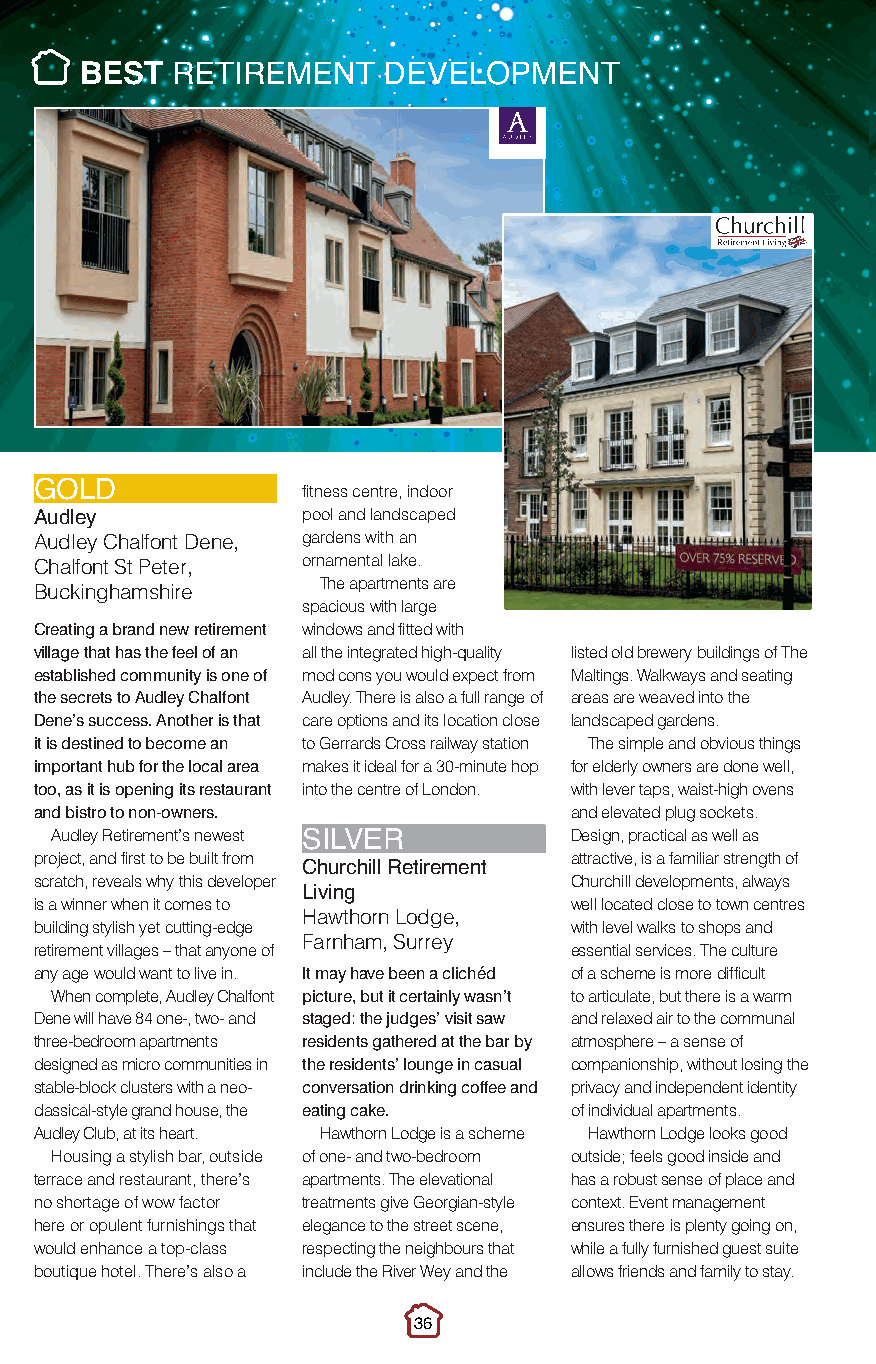
Best Retirement.qxp_Layout 1 10/11/2016 21:47 Page 1
 BEST  RETIREMENT    DEVELOPMENT
 fitness centre, indoor
 GOLD
 pool and landscaped
 A Au uddl le ey y Chalfont Dene, gardens with an
 ornamental lake.
 Chalfont St Peter,
 The apartments are
 Buckinghamshire
 spacious with large
 Creating a brand new retirement windows and fitted with
 village that has the feel of an all the integrated high-quality listed old brewery buildings of The
 established community is one of mod cons you would expect from Maltings. Walkways and seating
 the secrets to Audley Chalfont Audley. There is also a full range of areas are weaved into the
 Dene’s success. Another is that care options and its location close landscaped gardens.
 it is destined to become an to Gerrards Cross railway station The simple and obvious things
 important hub for the local area makes it ideal for a 30-minute hop for elderly owners are done well,
 too, as it is opening its restaurant into the centre of London. with lever taps, waist-high ovens
 and bistro to non-owners.           and elevated plug sockets.
 Audley Retirement’s newest         Design, practical as well as
 project, and first to be built from SILVER attractive, is a familiar strength of
 scratch, reveals why this developer Churchill Retirement Churchill developments, always
 is a winner when it comes to Living well located close to town centres
 Hawthorn Lodge,
 building stylish yet cutting-edge   with level walks to shops and
 Farnham, Surrey
 retirement villages – that anyone of essential services. The culture
 any age would want to live in. It may have been a clichéd of a scheme is more difficult
 When complete, Audley Chalfont picture, but it certainly wasn’t to articulate, but there is a warm
 Dene will have 84 one-, two- and staged: the judges’ visit saw and relaxed air to the communal
 three-bedroom apartments residents gathered at the bar by atmosphere – a sense of
 designed as micro communities in the residents’ lounge in casual companionship, without losing the
 stable-block clusters with a neo- conversation drinking coffee and privacy and independent identity
 classical-style grand house, the eating cake. of individual apartments.
 Audley Club, at its heart. Hawthorn Lodge is a scheme Hawthorn Lodge looks good
 Housing a stylish bar, outside of one- and two-bedroom outside; feels good inside and
 terrace and restaurant, there’s apartments. The elevational has a robust sense of place and
 no shortage of wow factor treatments give Georgian-style context. Event management
 here or opulent furnishings that elegance to the street scene, ensures there is plenty going on,
 would enhance a top-class respecting the neighbours that while a fully furnished guest suite
 boutique hotel. There’s also a include the River Wey and the allows friends and family to stay.
 36